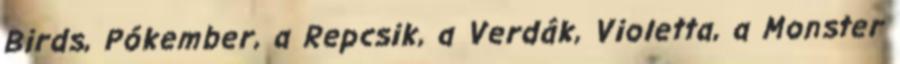
Birds, Pókember, a Repcsik, a Verdák, Violetta, a Monster